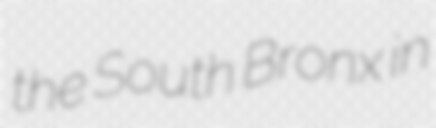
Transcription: the South Bronx in